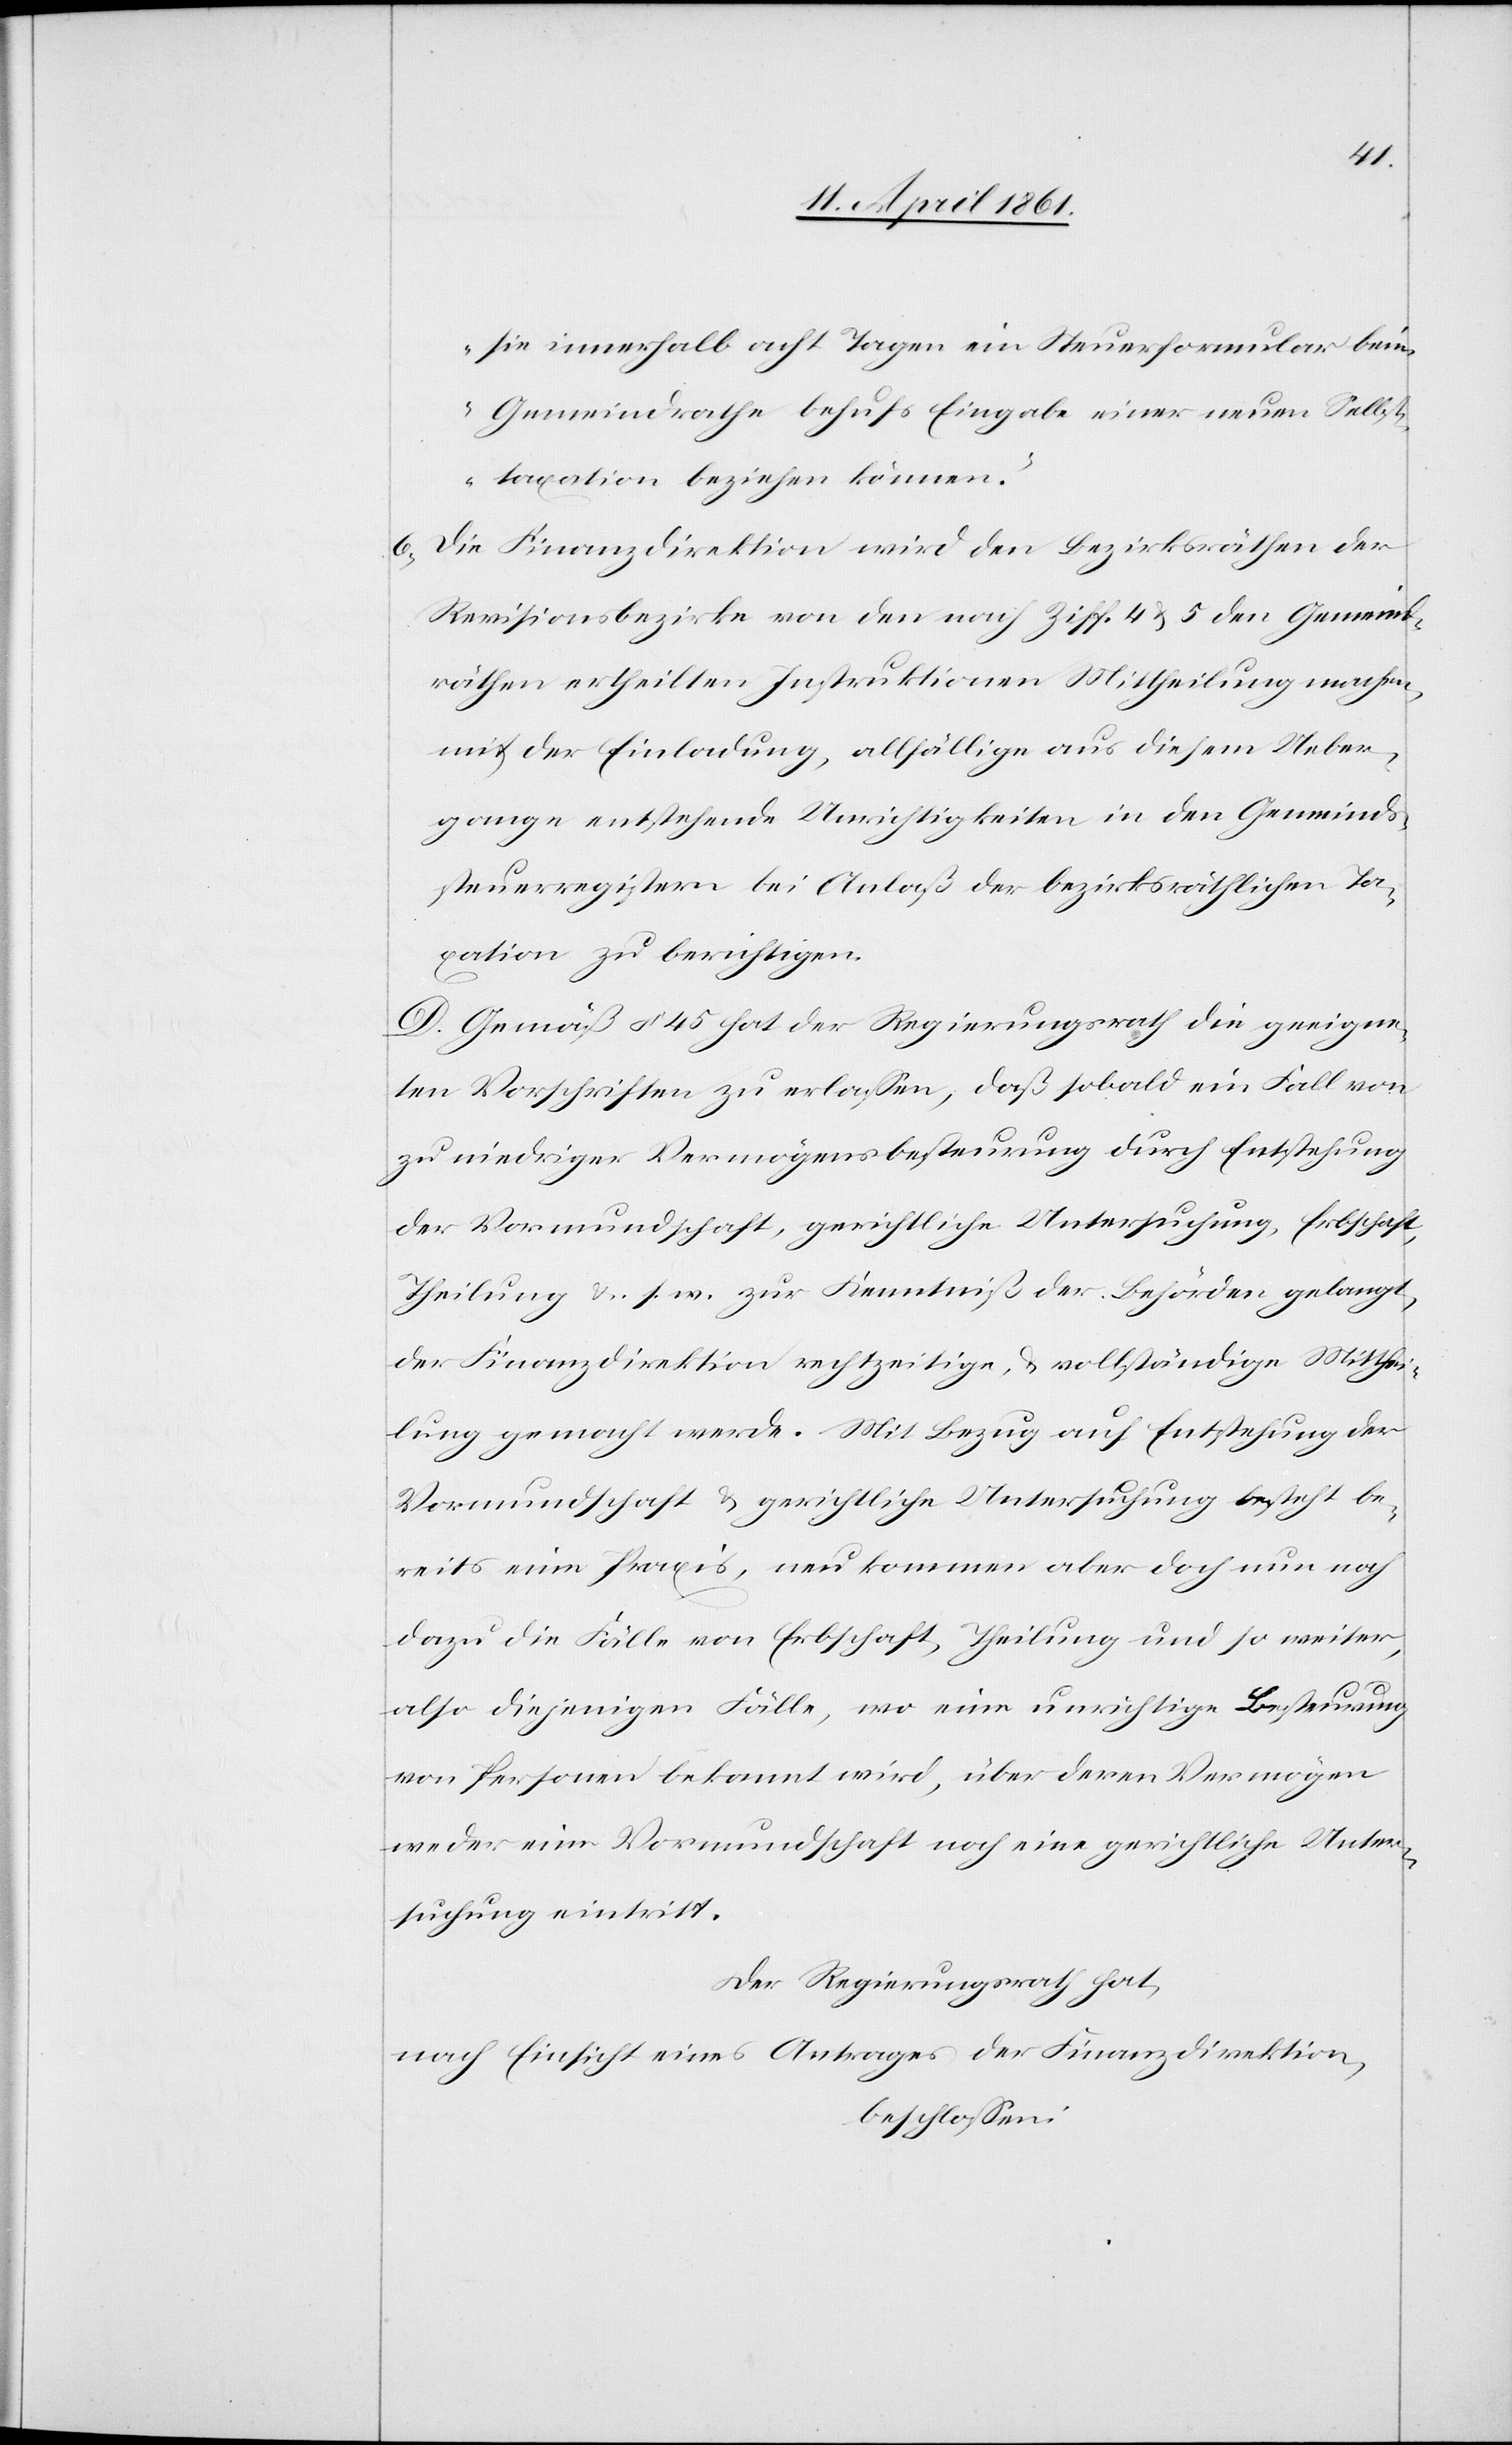
sie innerhalb acht Tagen ein Steuerformular bei¬
m Gemeindrathe behufs Eingabe einer neuen Selbst¬
taxation beziehen können.“
6. Die Finanzdirektion wird den Bezirksräthen der
Revisionsbezirke von den nach Ziff. 4 u. 5 den Gemeind¬
räthen ertheilten Instruktionen Mittheilung machen
mit der Einladung, allfällige aus diesem Ueber¬
gange entstehende Unrichtigkeiten in den Gemeinds¬
steuerregistern bei Anlaß der bezirksräthlichen Ta¬
xation zu berichtigen.
D. Gemäß § 45 hat der Regierungsrath die geeigne¬
ten Vorschriften zu erlassen, daß sobald ein Fall von
zu niedriger Vermögensbesteurung durch Entstehung
der Vormundschaft, gerichtliche Untersuchung, Erbschaft,
Theilung u. s. w. zur Kenntniß der Behörden gelangt,
der Finanzdirektion rechtzeitige u. vollständige Mitthei¬
lung gemacht werde. Mit Bezug auf Entstehung der
Vormundschaft u. gerichtliche Untersuchung besteht be¬
reits eine Praxis, neu kommen aber doch nur noch
dazu die Fälle von Erbschaft, Theilung und so weiter,
also diejenigen Fälle, wo eine unrichtige Besteurung
von Personen bekannt wird, über deren Vermögen
weder eine Vormundschaft noch eine gerichtliche Unter¬
suchung eintritt.
Der Regierungsrath hat,
nach Einsicht eines Antrages der Finanzdirektion,
beschlossen: